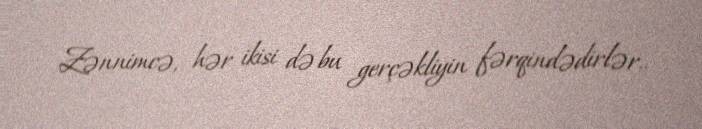
Zənnimcə, hər ikisi də bu gerçəkliyin fərqindədirlər..